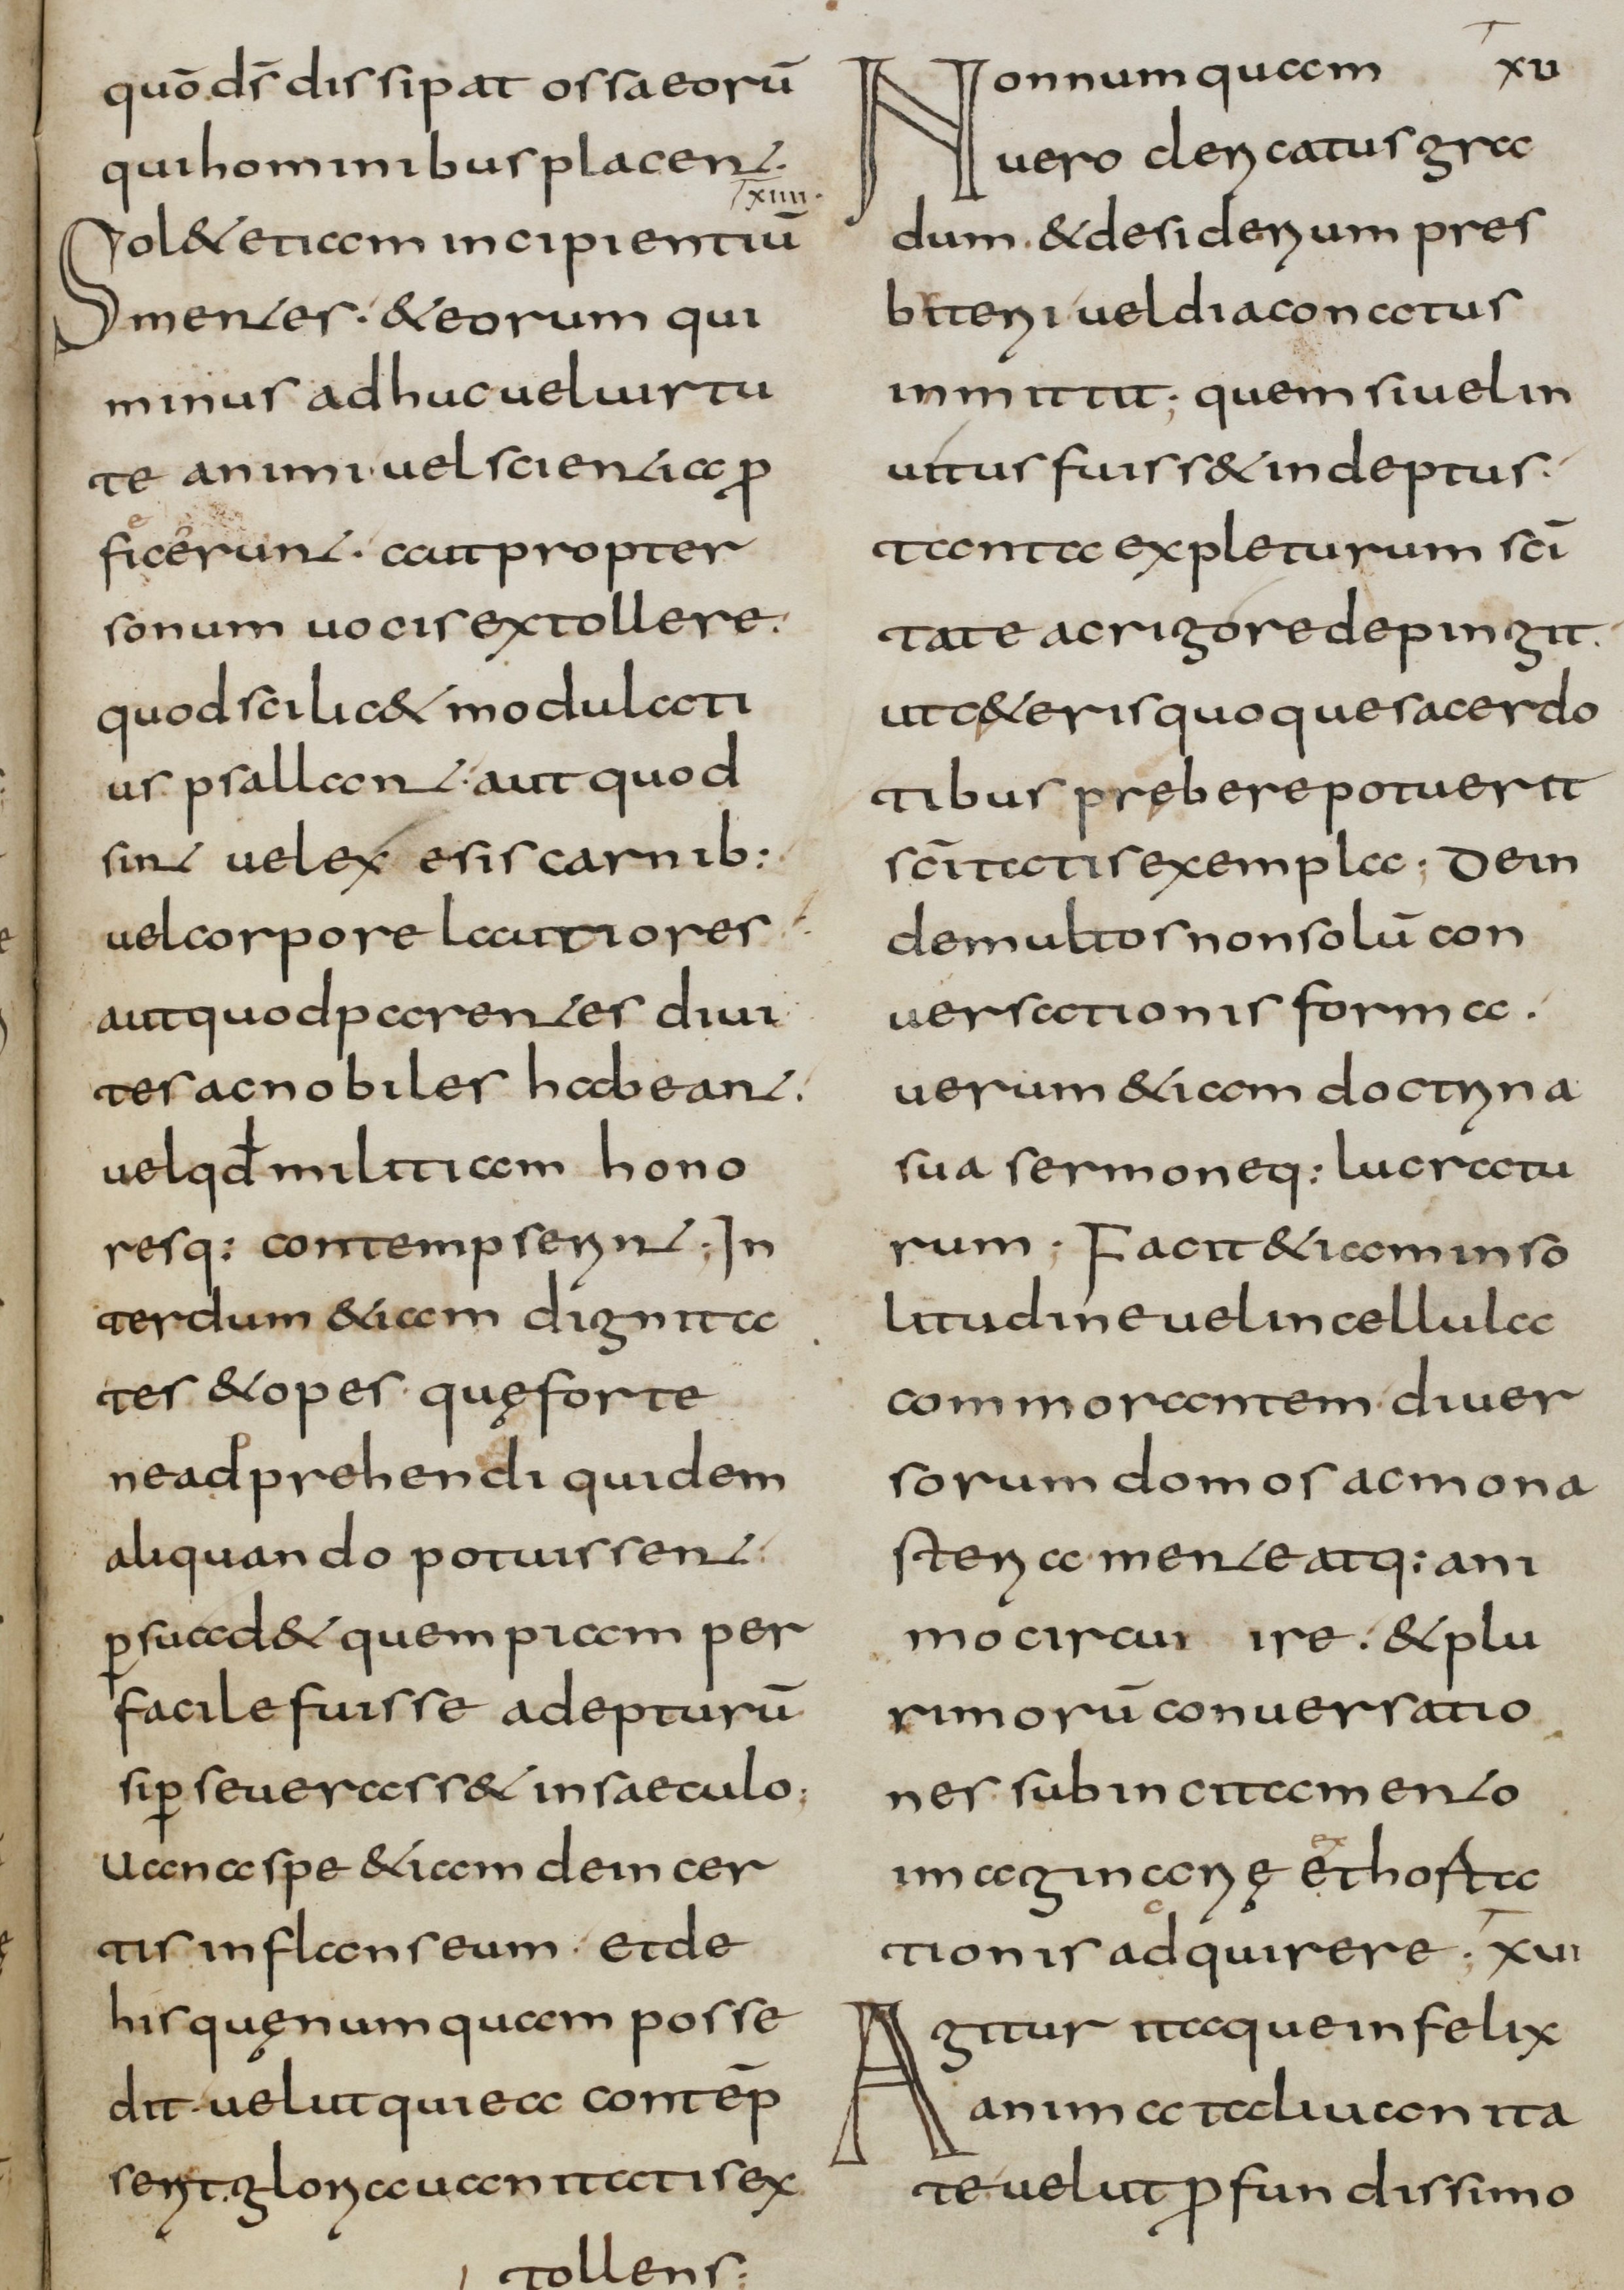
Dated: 800–832